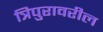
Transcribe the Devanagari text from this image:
त्रिपुरावरील